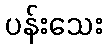
ပန်းသေး